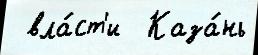
 вла́ст'и  Каза́нь